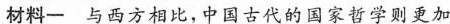
材料一 与西方相比，中国古代的国家哲学则更加